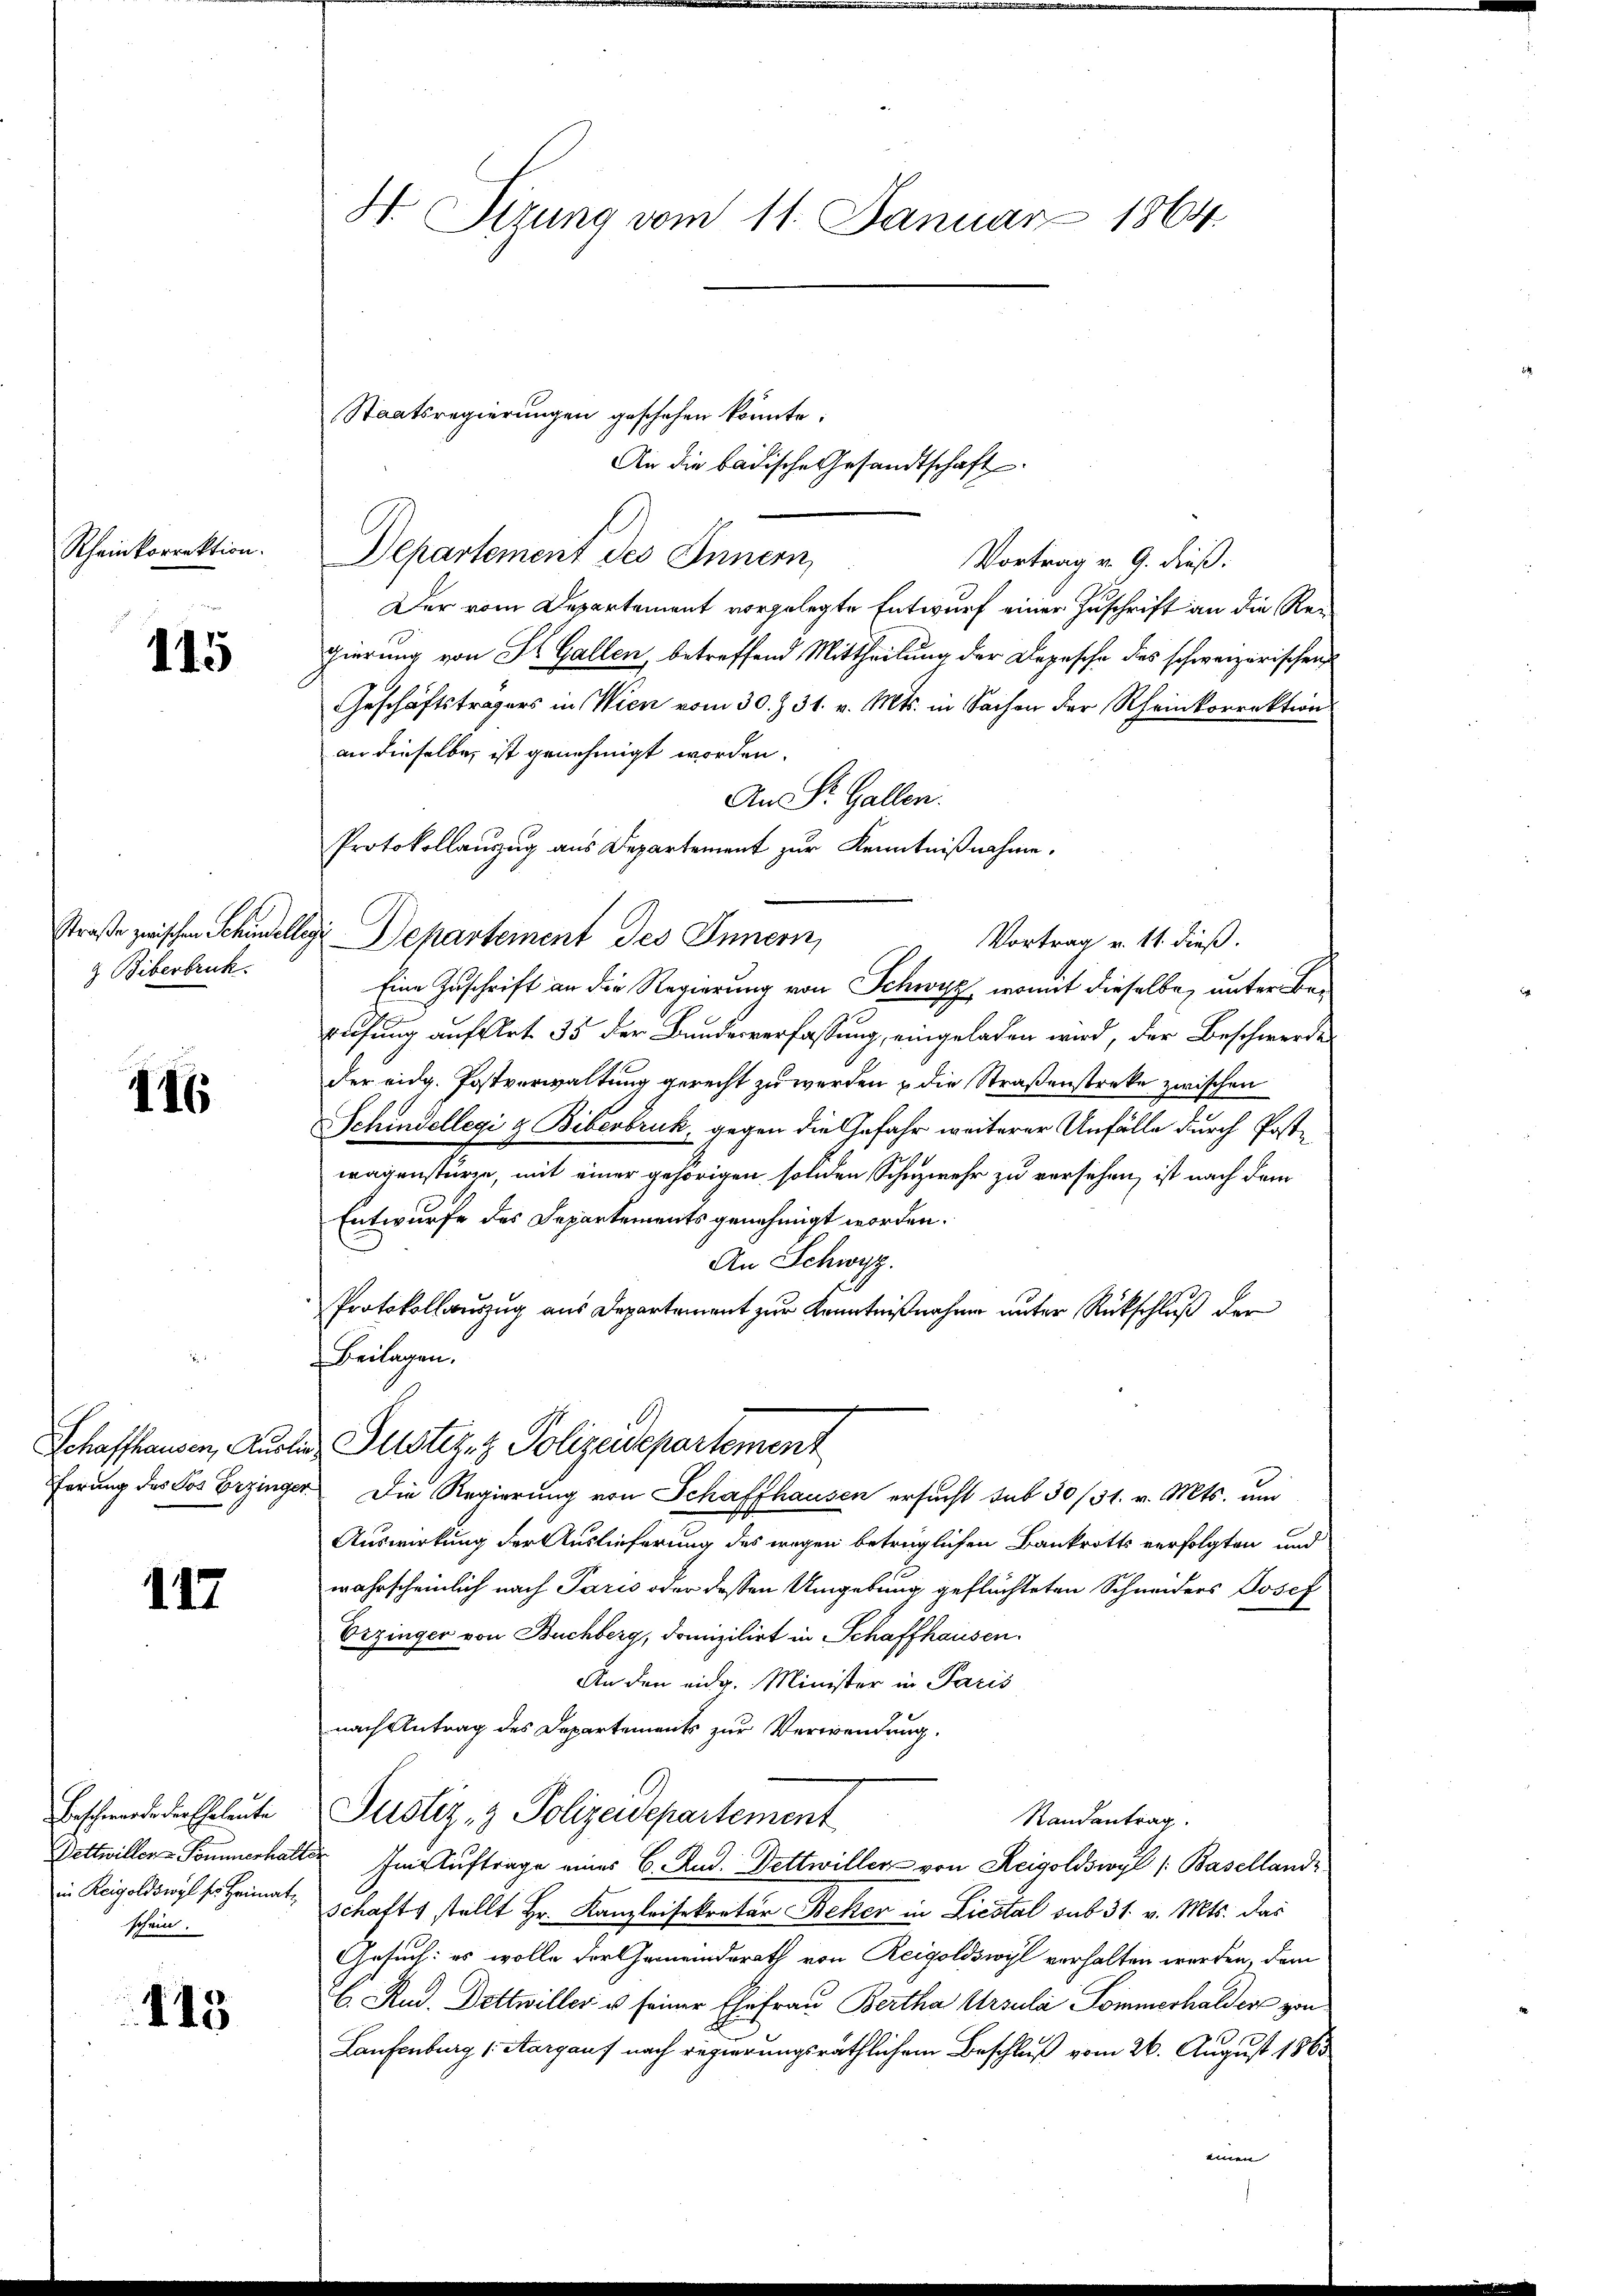
Rheinkorrektion.

115

& Biberbruck.

116

117

Beschwerde der Eheleute
schein.

115

H Sizung vom 11. Januar 1864.

Departement des Innern,
Vortrag v. 9. dieß.
Der vom Departement vorgelegte Entwurf einer Zuschrift an die Regierung von St. Gallen, betreffend Mittheilung der Depesche des schweizerischen
Geschäftsträgers in Wien vom 30. Z. 31. v. Mts. in Sachen der Rheinkorrektion
an dieselbe ist genehmigt worden.
An St. Gallen.
Protokollauszug aus Departement zur Kenntnißnahme.
straße zwischen Schinellige Departement des Innern,
Vortrag v. 11. dieß.
Eine Zuschrift an die Regierung von Schwyz, womit dieselbe, unter Berifung auf Art. 35 der Bundesverfassung, eingeladen wird, der Beschwerde
der eidg. Postverwaltung gerecht zu werden & die Straßenstreke zwischen
Schindellegi & Biberbruk, gegen die Gefahr weiterer Unfälle durch Postwagenstürze, mit einer gehörigen soliden Schuzwehr zu versehen, ist nach dem
Entwurfe des Departements genehmigt worden.
An Schwyz.
Protokollauszug aus Departement zur Kenntnißnahme unter Rückschluß der
Beilagen.
Schaffhausen, Auslich Justiz- & Polizeidepartement
ferung des Sos Erzinger Die Regierung von Schaffhausen ersucht sub 30/31. v. Mts. und
Auswirkung der Auslieferung des wegen betrüglichen Bankrotts verfolgten und
wahrscheinlich nach Paris oder dessen Umgebung geflüchteten Schneiders Josef
Erzinger von Buchberg, domizilirt in Schaffhausen.
An den eidg. Minister in Paris
nach Antrag des Departements zur Verwendung.
Justiz- & Polizeidepartement
Randantrag.
Bettwillers Sommerhalter Im Auftrage eines C. Rud. Fettwiller von Reigoldswyl (Baselland
in Rigoldiwyl ser Heimat, Schaft stellt Hr. Kanzleisekretär Beher in Liestal sub 31. v. Mts. das
Gesuch: es wolle der Gemeindsrath von Reigoldswyl verhalten werden, dem
C. Rud. Dettwiller u seiner Ehefrau Bertha Ursula Sommerhalder von
.
Laufenburg (Aargauf nach regierungsräthlichem Beschluß vom 26. August 1863
einen

Staatsregierungen geschehen könnte.

An die badische Gesandtschaft